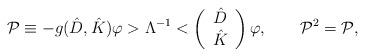
LaTeX: \begin{align*}\mathcal{P}\equiv -g(\hat{D},\hat{K})\varphi >\Lambda ^{-1}<\left(\begin{array}{c}\hat{D} \\\hat{K}\end{array}\right) \varphi ,\qquad \mathcal{P}^{2}=\mathcal{P}, \end{align*}